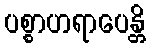
ပစ္စာဟရာပေန္တိ